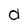
Character: d